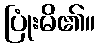
ပြုံးမိ၏။